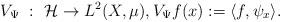
LaTeX: \begin{align*} V_\Psi~:~ \mathcal H \rightarrow L^2(X,\mu),V_\Psi f(x):= \langle f, \psi_x \rangle. \end{align*}